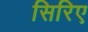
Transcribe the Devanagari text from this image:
सिरिए